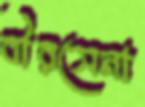
বীরসেনা